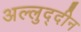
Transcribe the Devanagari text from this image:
अल्लुद्दीन